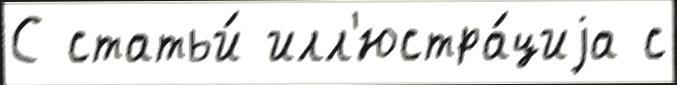
С статьи́ илл'юстра́циjа с